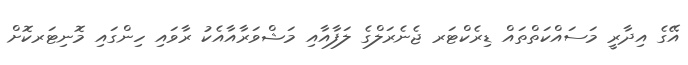
އޭގެ އިދާރީ މަސައްކަތްތައް ޑިރެކްޓަރ ޖެނެރަލްގެ ލަފާއާއި މަޝްވަރާއާއެކު ރާވައި ހިންގައި މޮނިޓަރކޮށް